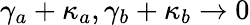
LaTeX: \gamma_{a}+\kappa_{a},\gamma_{b}+\kappa_{b}\rightarrow 0